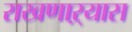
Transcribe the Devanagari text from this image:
राखणाऱ्यास